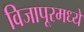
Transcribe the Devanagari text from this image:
विजापूरमध्ये